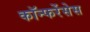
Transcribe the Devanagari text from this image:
कॉन्फरेंसेस